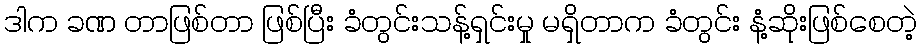
ဒါက ခဏ တာဖြစ်တာ ဖြစ်ပြီး ခံတွင်းသန့်ရှင်းမှု မရှိတာက ခံတွင်း နံ့ဆိုးဖြစ်စေတဲ့